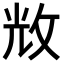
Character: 𢼴